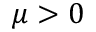
\mu > 0